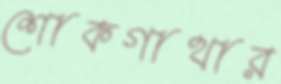
শোকগাথার